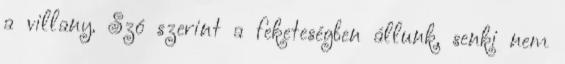
a villany. Szó szerint a feketeségben állunk, senki nem